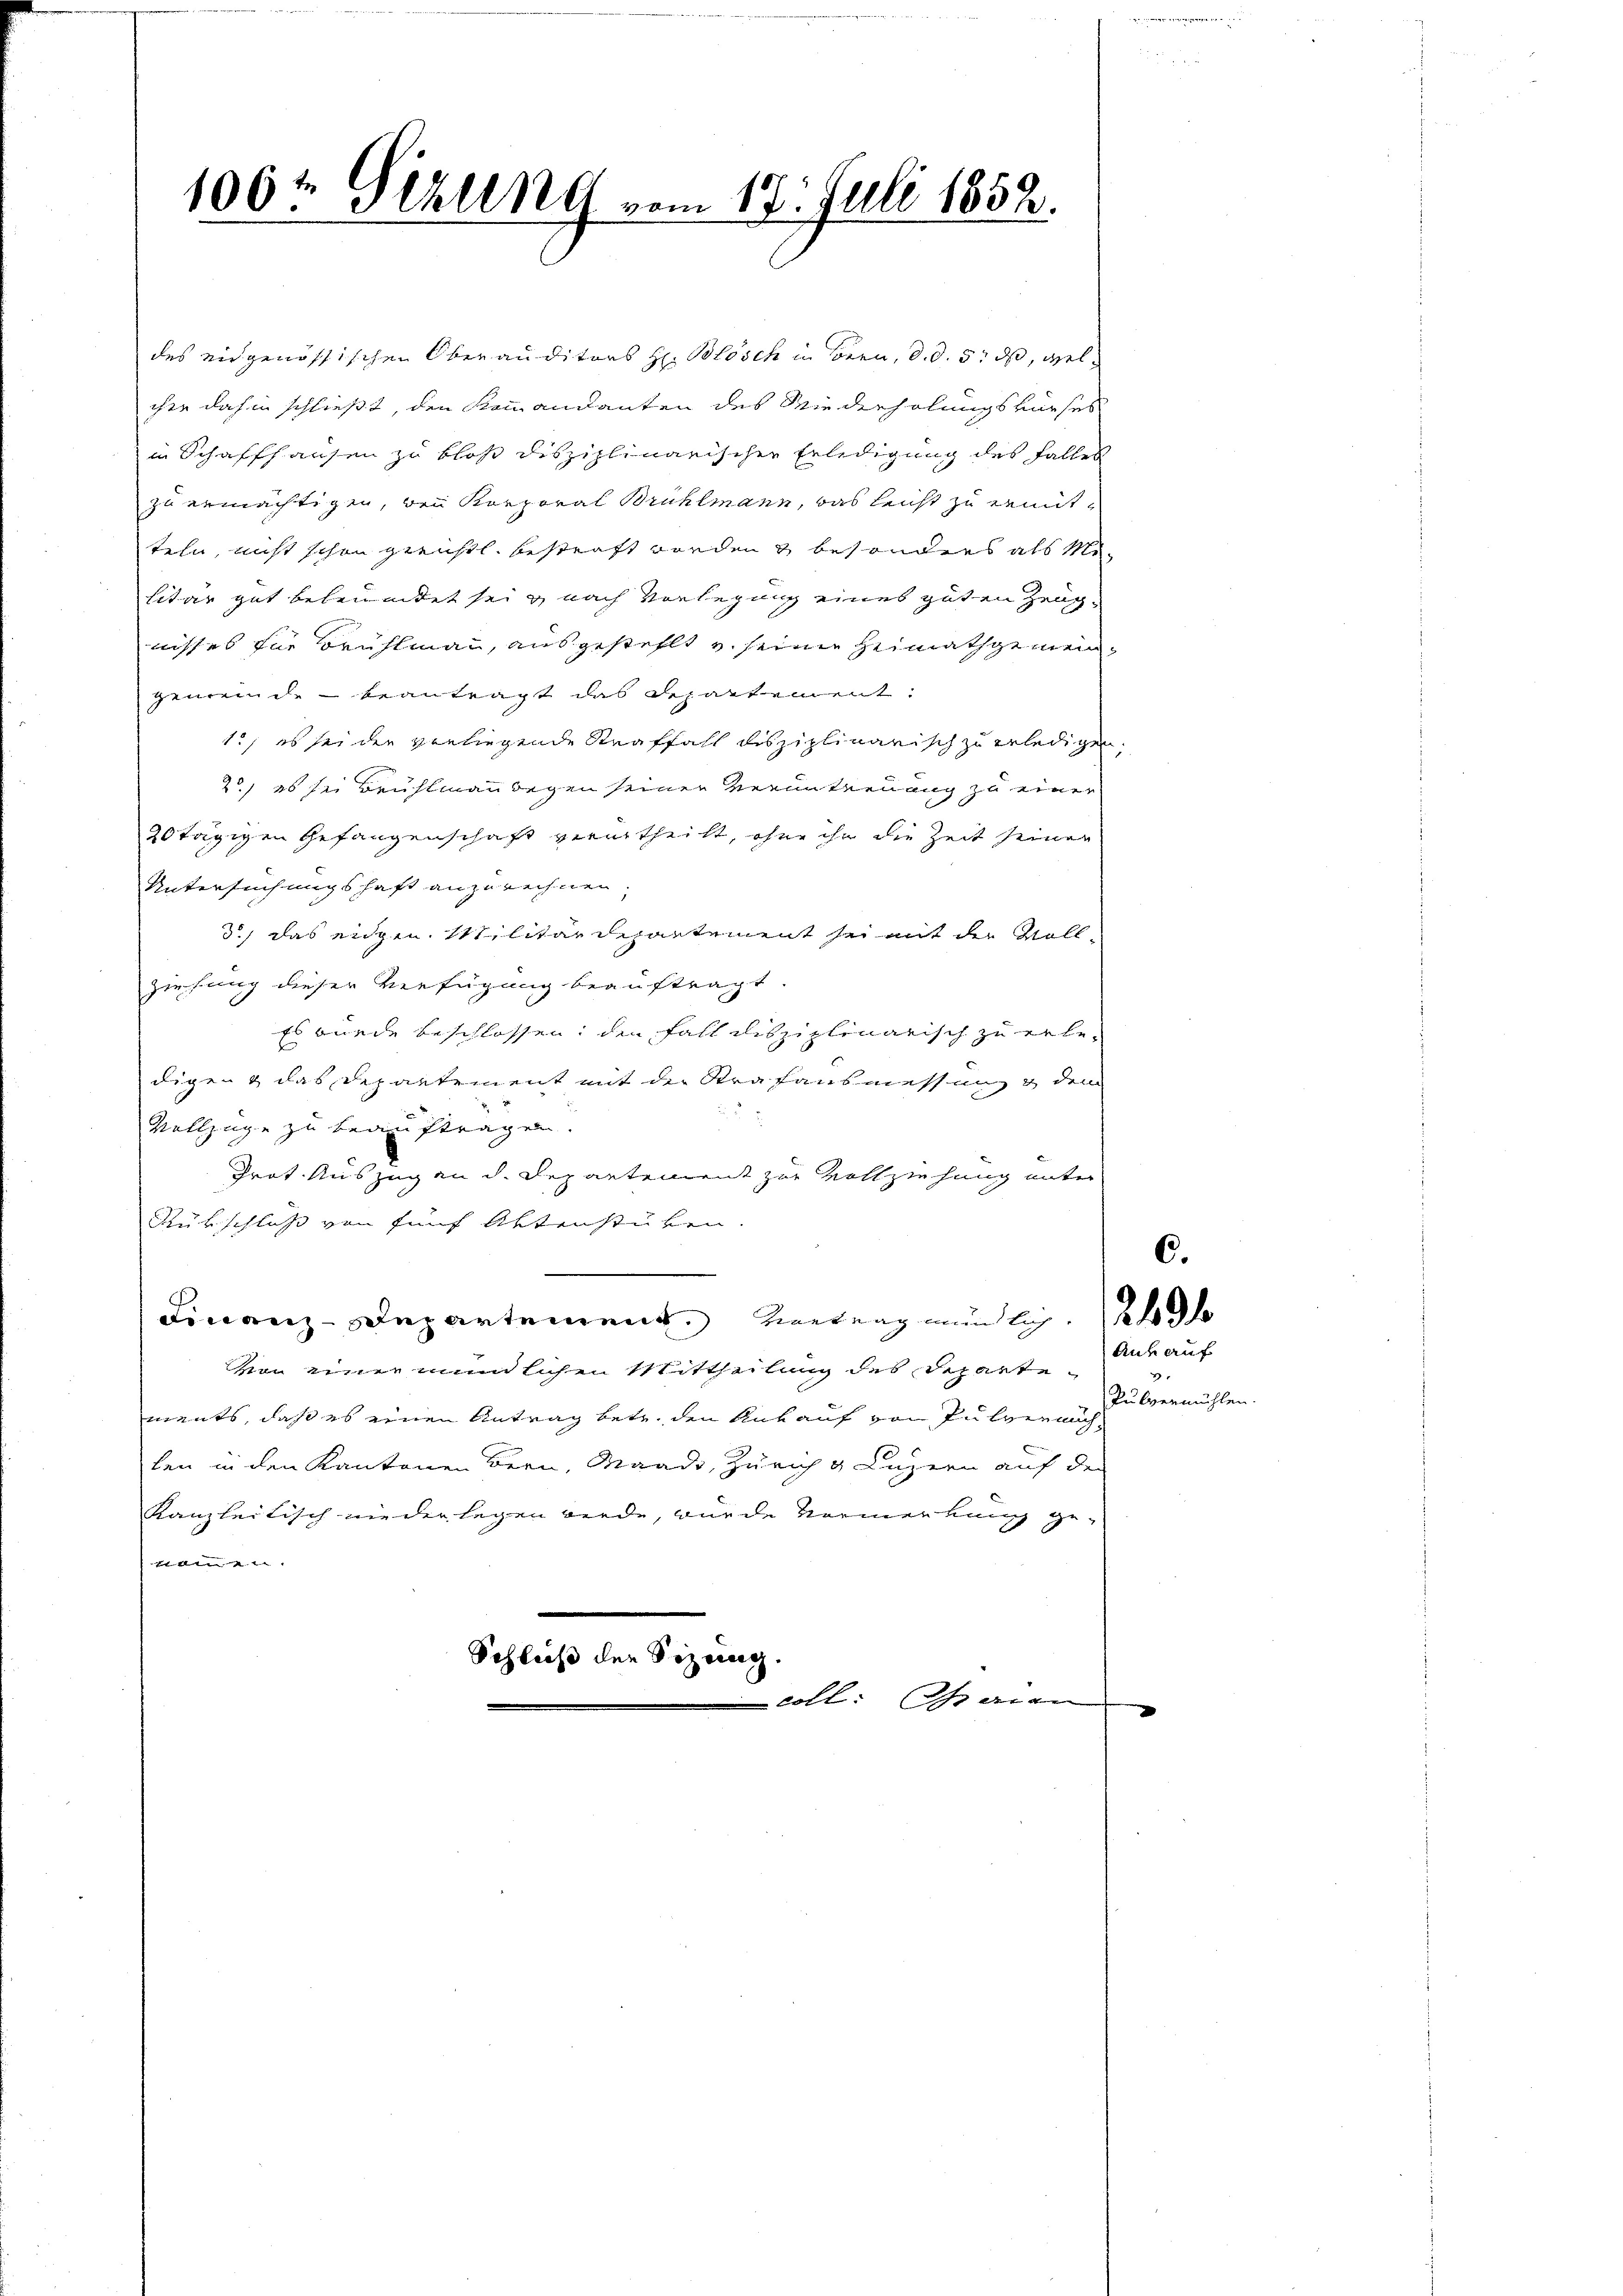
106t Gizung vom 17. Juli 1852.

des eidgenössischen Oberauditors H. Blösch in Bern, d. d. 5. ds, welihre dahin schließt, den Kommandanten des Wiederholungskurses
in Schaffhausen zu blos disziplinarischen Erledigung des Falles
zu ermächtigen, bei Korporal Brühlmann, das leicht zu ermitteln, nicht schon gerichtl. bestraft worden besonders als Militar gut beleumdet sei, nach Vorlegung eines guten Zeugnisses für Brühlmann, ausgestellt u. seine Heimathgemeingemeinde beantragt das Departement
1., es sei der verliegende Straffall disziplinarisch zu erledigen
20, es sei Brühlmann wegen seiner Verunternung zu einer
2stägigen Gefangenschaft verurtheilt, ohne ihr die Zeit seiner
Untersuchungshaft anzurechnen;
d.) das eidgen. Militärdepartement sei mit der Voll-
ziehung dieser Verfügung beauftragt
Es wurde beschlossen: den Fall disziplinarisch zu erle-
digen das Departement mit der Strafausmessung & dem
Vollzüge zu beauftragen.
Prot. Auszug an d. Departement zur Vollziehung unter
Rübschluss von fünf Aktenstücken.
e
Finanz-Departement. Heerung mänlig. 24
Aus auf
von einer mündlichen Mittheilung des Schatte
e
ments, daß es einen Antrag betr. den Ankauf von Pulverung
len in den Kantonen Bern, Maado, Zürich & Luzern auf der
Kanzleitisch nieder legen werde, wurde Vormerkung ge-
tlen
Schluß der Sizung
lott. Ich den

Pulvermühlen.